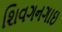
શિવગનગાઇ